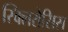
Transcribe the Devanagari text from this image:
स्क्लिरोसिस